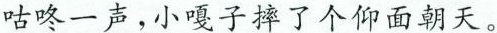
咕咚一声，小嘎子摔了个仰面朝天。